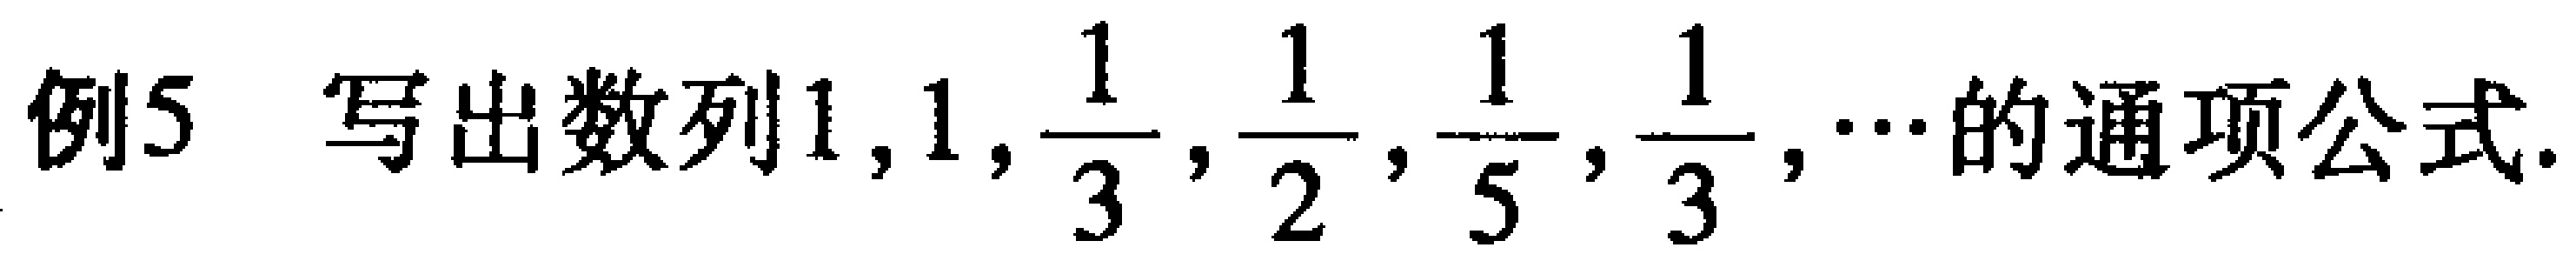
例5 写出数列\(1,1,\frac{1}{3},\frac{1}{2},\frac{1}{5},\frac{1}{3},\cdots\)的通项公式.